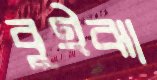
বুইঝা